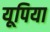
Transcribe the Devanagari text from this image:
यूपिया